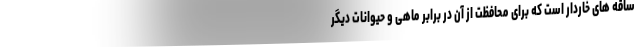
ساقه های خاردار است که برای محافظت از آن در برابر ماهی و حیوانات دیگر